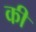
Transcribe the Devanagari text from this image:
की